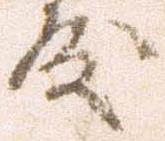
殿